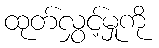
ထုတ်လွှင့်မှုကို